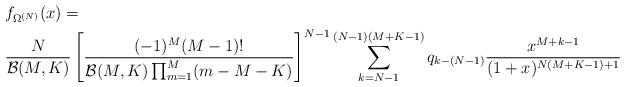
LaTeX: \begin{align*}&f_{\Omega^{(N)}}(x)=\\&\frac{N}{\mathcal{B}(M,K)}\left[\frac{(-1)^{M}(M-1)!}{\mathcal{B}(M,K)\prod_{m=1}^{M}(m-M-K)}\right]^{N-1}\sum_{k=N-1}^{(N-1)(M+K-1)}q_{k-(N-1)}\frac{x^{M+k-1}}{(1+x)^{N(M+K-1)+1}}\end{align*}